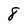
Character: 8